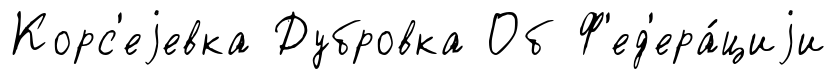
Корс'еjевка Дубровка Об Ф'ед'ера́циjи